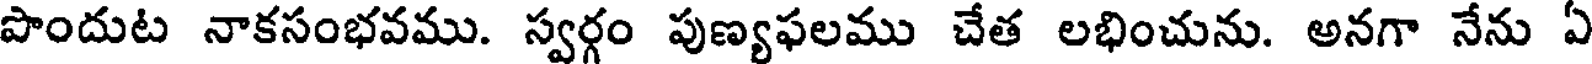
పొందుట నాకసంభవము. స్వర్గం పుణ్యఫలము చేత లభించును. అనగా నేను ఏ